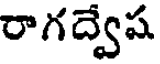
రాగద్వేష